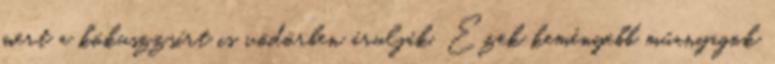
mert a kókuszzsírt is vödörben árulják. Ezek keményebb műanyagok